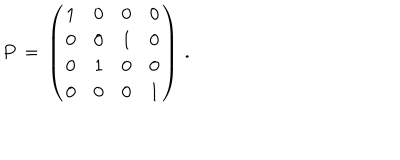
P \, = \, \left( \begin{array} { c c c c } { { 1 } } & { { 0 } } & { { 0 } } & { { 0 } } \\ { { 0 } } & { { 0 } } & { { 1 } } & { { 0 } } \\ { { 0 } } & { { 1 } } & { { 0 } } & { { 0 } } \\ { { 0 } } & { { 0 } } & { { 0 } } & { { 1 } } \\ \end{array} \right) \, .